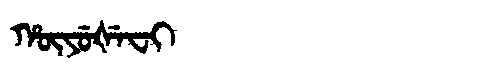
Manchu: ᡥᡡᠶᡠᡧᡝᠸᡳ
Romanization: HŪYUŠEFI